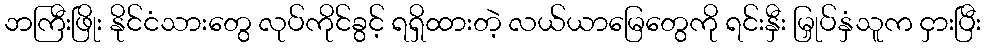
ဘကြီးဖြိုး နိုင်ငံသားတွေ လုပ်ကိုင်ခွင့် ရရှိထားတဲ့ လယ်ယာမြေတွေကို ရင်းနှီး မြှုပ်နှံသူက ငှားပြီး